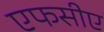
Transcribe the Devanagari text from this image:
एफसीए